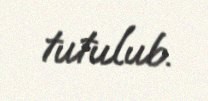
tutulub.